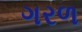
ગરળ